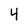
Character: 4